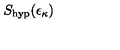
S _ { \mathrm { h y p } } ( \epsilon _ { \kappa } )